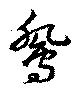
鴛